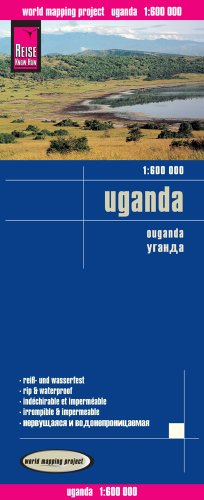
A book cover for Uganda; Reise Know-How Verlag; Travel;